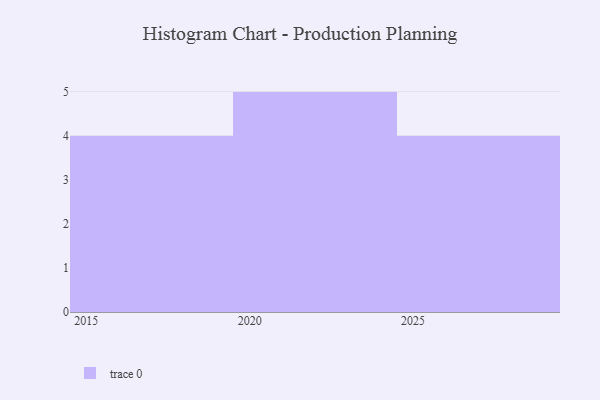
{"axis": {"x": "Year", "y": "Latency (ms)"}, "legend": [""], "data": [{"x": "2015", "y": 56, "type": ""}, {"x": "2023", "y": 9, "type": ""}, {"x": "2016", "y": 30, "type": ""}, {"x": "2021", "y": 96, "type": ""}, {"x": "2022", "y": 76, "type": ""}, {"x": "2027", "y": 64, "type": ""}, {"x": "2029", "y": 62, "type": ""}, {"x": "2018", "y": 56, "type": ""}, {"x": "2020", "y": 10, "type": ""}, {"x": "2026", "y": 52, "type": ""}, {"x": "2019", "y": 67, "type": ""}, {"x": "2025", "y": 16, "type": ""}, {"x": "2024", "y": 54, "type": ""}]}